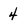
Character: 4